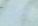
المفك